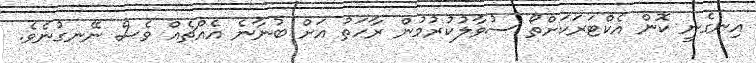
އިނގެނީ ކޮން އެކްޓަރަކަށްތޯ ސުވާލުކުރުމުން ރާހަތު އަށް ބުނާނެ އެއްޗެއް ވެސް ނޭނގުނެވެ.